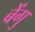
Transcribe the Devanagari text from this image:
बेंगु